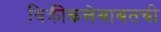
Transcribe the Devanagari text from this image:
विक्रीकलेबाबतची